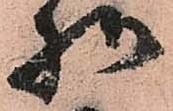
様